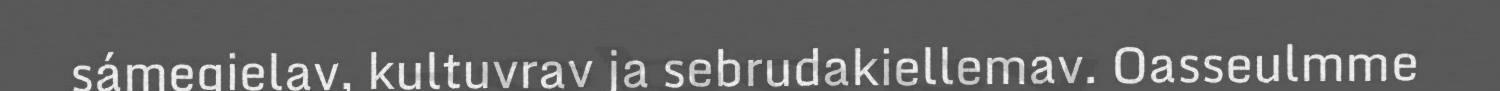
sámegielav, kultuvrav ja sebrudakiellemav. Oasseulmme